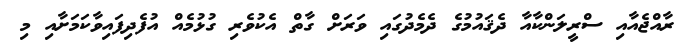
ރާއްޖެއާއި ސްރީލަންކާއާ ދެޤައުމުގެ ދެމެދުގައި ވަރަށް ގާތް އެކުވެރި ގުޅުމެއް އުފެދިފައިވާކަމަށާއި މި